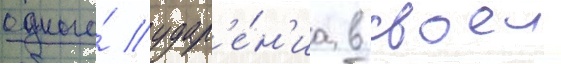
одного́ удар'е́н'иа в своеи